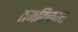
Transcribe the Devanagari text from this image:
तमतिक्रम्य